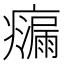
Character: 𭼴